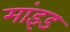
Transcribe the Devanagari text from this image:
मांइड